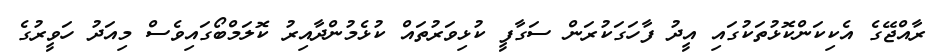
ރާއްޖޭގެ އެކިކަންކޮޅުތަކުގައި އީދު ފާހަގަކުރަން ސަގާފީ ކުޅިވަރުތައް ކުޅެމުންދާއިރު ކޮލަމްބޯގައިވެސް މިއަދު ހަވީރުގެ